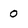
Character: 0